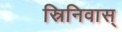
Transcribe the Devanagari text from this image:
स्रिनिवास्